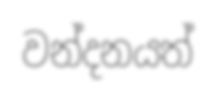
වන්දනයත්